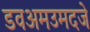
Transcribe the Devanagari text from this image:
डवअमउमदजे